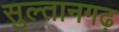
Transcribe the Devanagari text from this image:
सुल्तानगढ़